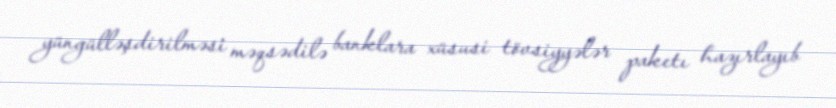
yüngülləşdirilməsi məqsədilə banklara xüsusi tövsiyyələr paketı hazırlayıb